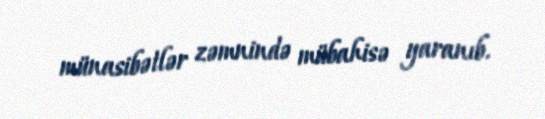
münasibətlər zəmnində mübahisə yaranıb.